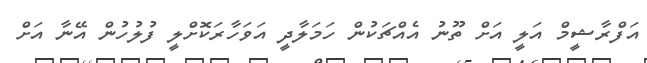
އަފްރާޝީމް އަލީ އަށް ތޫނު އެއްޗަކުން ހަމަލާދީ އަވަހާރަކޮށްލީ ފުލުހުން އޭނާ އަށް